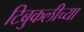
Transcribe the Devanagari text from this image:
टिबुकलीच्‍या